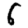
Digit: 6